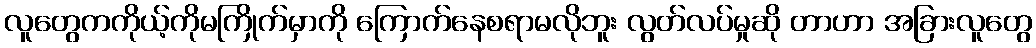
လူတွေကကိုယ့်ကိုမကြိုက်မှာကို ကြောက်နေစရာမလိုဘူး လွတ်လပ်မှုဆို တာဟာ အခြားလူတွေ